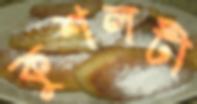
কুশলটী